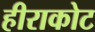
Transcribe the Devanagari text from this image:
हीराकोट